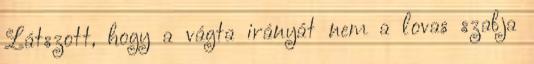
Látszott, hogy a vágta irányát nem a lovas szabja